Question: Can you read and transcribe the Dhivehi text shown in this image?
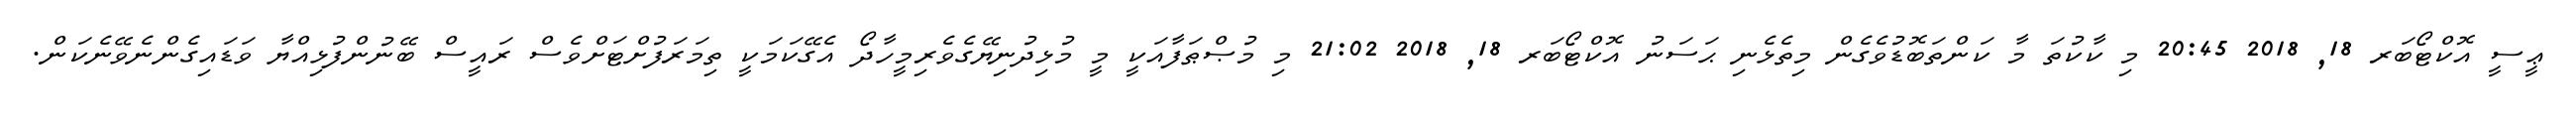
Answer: ޢީސީ އޮކްޓޯބަރ 18, 2018 20:45 މި ކާކުތަ މާ ކަންތަބޮޑުވެގެން މިތެޅެނި ޙަސަނު އޮކްޓޯބަރ 18, 2018 21:02 މި މުޞްޠަފާއަކީ މީ މުޅިދުނިޔޭގެވެރިމީހާދޯ އެގޭކަމަކީ ތިމަރަފުށްޓަށްވެސް ރައީސް ބޭނުންފުޅިއްޔާ ވަޑައިގެންނެވޭނެކަން.